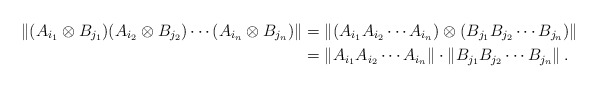
\begin{align*}\left\|(A_{i_1}\otimes B_{j_1})(A_{i_2}\otimes B_{j_2})\cdots (A_{i_n}\otimes B_{j_n})\right\|&=\left\|(A_{i_1}A_{i_2}\cdots A_{i_n}) \otimes (B_{j_1}B_{j_2}\cdots B_{j_n})\right\| \\&=\left\|A_{i_1}A_{i_2}\cdots A_{i_n}\right\|\cdot \left\|B_{j_1}B_{j_2}\cdots B_{j_n}\right\|.\end{align*}